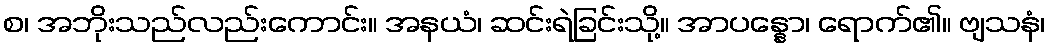
စ၊ အဘိုးသည်လည်းကောင်း။ အနယံ၊ ဆင်းရဲခြင်းသို့။ အာပန္နော၊ ရောက်၏။ ဗျသနံ၊